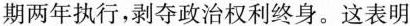
期两年执行，剥夺政治权利终身。这表明